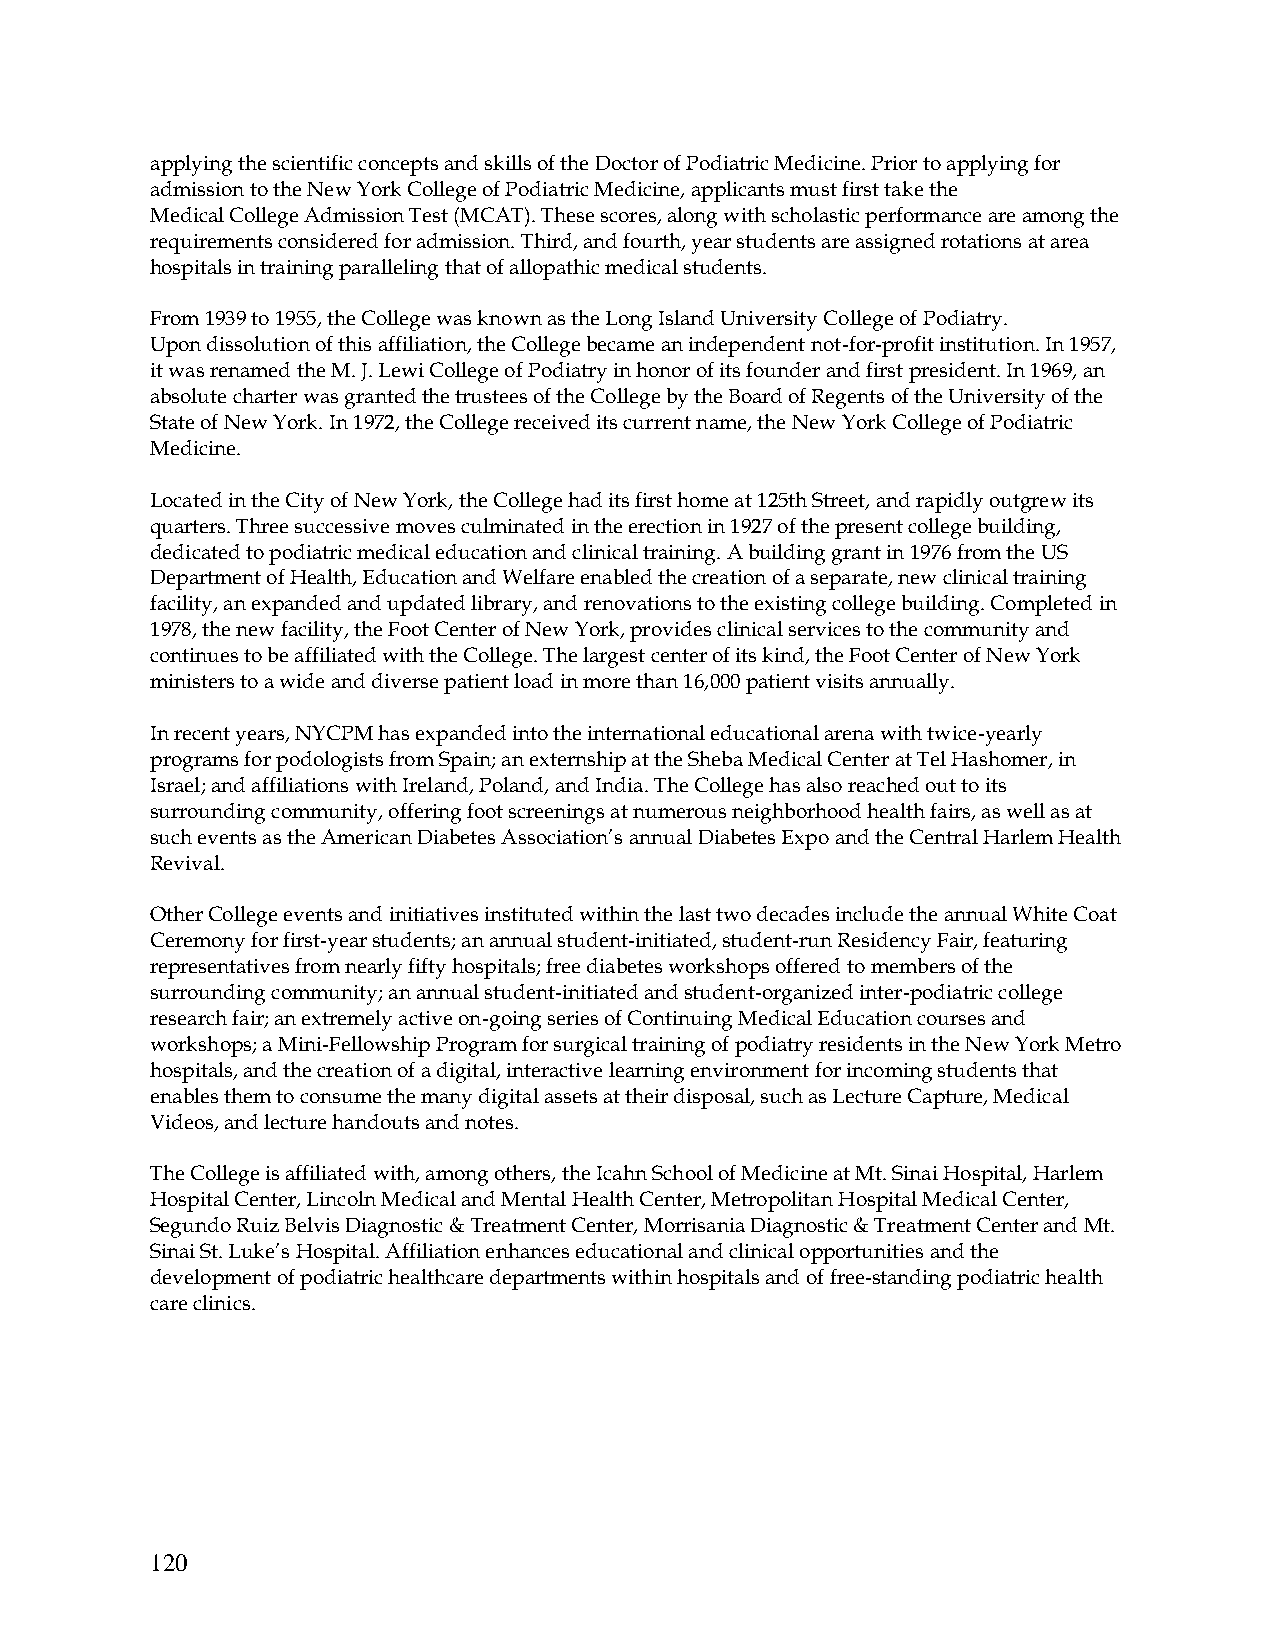
applying the scientific concepts and skills of the Doctor of Podiatric Medicine. Prior to applying for
 admission to the New York College of Podiatric Medicine, applicants must first take the
 Medical College Admission Test (MCAT). These scores, along with scholastic performance are among the
 requirements considered for admission. Third, and fourth, year students are assigned rotations at area
 hospitals in training paralleling that of allopathic medical students.
 From 1939 to 1955, the College was known as the Long Island University College of Podiatry.
 Upon dissolution of this affiliation, the College became an independent not-for-profit institution. In 1957,
 it was renamed the M. J. Lewi College of Podiatry in honor of its founder and first president. In 1969, an
 absolute charter was granted the trustees of the College by the Board of Regents of the University of the
 State of New York. In 1972, the College received its current name, the New York College of Podiatric
 Medicine.
 Located in the City of New York, the College had its first home at 125th Street, and rapidly outgrew its
 quarters. Three successive moves culminated in the erection in 1927 of the present college building,
 dedicated to podiatric medical education and clinical training. A building grant in 1976 from the US
 Department of Health, Education and Welfare enabled the creation of a separate, new clinical training
 facility, an expanded and updated library, and renovations to the existing college building. Completed in
 1978, the new facility, the Foot Center of New York, provides clinical services to the community and
 continues to be affiliated with the College. The largest center of its kind, the Foot Center of New York
 ministers to a wide and diverse patient load in more than 16,000 patient visits annually.
 In recent years, NYCPM has expanded into the international educational arena with twice-yearly
 programs for podologists from Spain; an externship at the Sheba Medical Center at Tel Hashomer, in
 Israel; and affiliations with Ireland, Poland, and India. The College has also reached out to its
 surrounding community, offering foot screenings at numerous neighborhood health fairs, as well as at
 such events as the American Diabetes Association’s annual Diabetes Expo and the Central Harlem Health
 Revival.
 Other College events and initiatives instituted within the last two decades include the annual White Coat
 Ceremony for first-year students; an annual student-initiated, student-run Residency Fair, featuring
 representatives from nearly fifty hospitals; free diabetes workshops offered to members of the
 surrounding community; an annual student-initiated and student-organized inter-podiatric college
 research fair; an extremely active on-going series of Continuing Medical Education courses and
 workshops; a Mini-Fellowship Program for surgical training of podiatry residents in the New York Metro
 hospitals, and the creation of a digital, interactive learning environment for incoming students that
 enables them to consume the many digital assets at their disposal, such as Lecture Capture, Medical
 Videos, and lecture handouts and notes.
 The College is affiliated with, among others, the Icahn School of Medicine at Mt. Sinai Hospital, Harlem
 Hospital Center, Lincoln Medical and Mental Health Center, Metropolitan Hospital Medical Center,
 Segundo Ruiz Belvis Diagnostic & Treatment Center, Morrisania Diagnostic & Treatment Center and Mt.
 Sinai St. Luke’s Hospital. Affiliation enhances educational and clinical opportunities and the
 development of podiatric healthcare departments within hospitals and of free-standing podiatric health
 care clinics.
 120